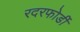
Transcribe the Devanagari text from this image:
रदरफोर्डी